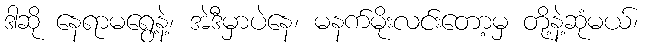
ဒါဆို နေရာမရွေ့နဲ့၊ အဲဒီမှာပဲနေ၊ မနက်မိုးလင်းတော့မှ တို့နဲ့ဆုံမယ်၊